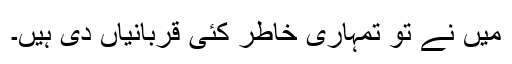
میں نے تو تمہاری خاطر کئی قربانیاں دی ہیں۔